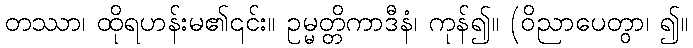
တဿာ၊ ထိုရဟန်းမ၏၎င်း။ ဥမ္မတ္တိကာဒီနံ၊ ကုန်၍။ (ဝိညာပေတွာ၊ ၍။